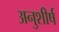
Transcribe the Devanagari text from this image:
अनुशीर्ष